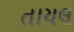
તાયલ